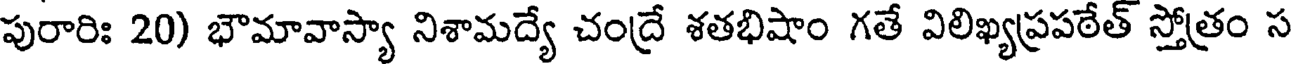
పురారిః 20) భౌమావాస్యా నిశామద్యే చంద్రే శతభిషాం గతే విలిఖ్యప్రపఠేత్ స్తోత్రం స